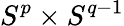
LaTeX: S^{p}\times S^{q-1}